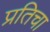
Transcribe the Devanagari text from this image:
प्रतिचा